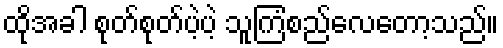
ထိုအခါ စုတ်စုတ်ပဲ့ပဲ့ သူကြံစည်လေတော့သည်။